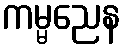
ကမ္မညေန